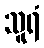
သူရံ